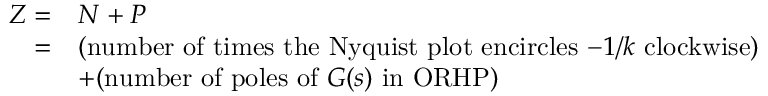
{ \begin{array} { r l } { Z = } & { N + P } \\ { = } & { { \mathrm { ( n u m b e r ~ o f ~ t i m e s ~ t h e ~ N y q u i s t ~ p l o t ~ e n c i r c l e s ~ } } { - 1 / k } { \mathrm { ~ c l o c k w i s e ) } } } \\ & { + { \mathrm { ( n u m b e r ~ o f ~ p o l e s ~ o f ~ } } G ( s ) { \mathrm { ~ i n ~ O R H P ) } } } \end{array} }